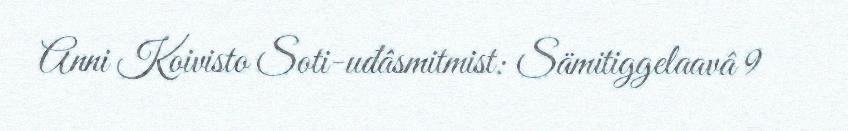
Anni Koivisto Soti-uđâsmitmist: Sämitiggelaavâ 9